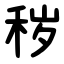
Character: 秽